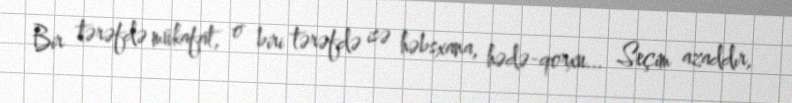
Bir tərəfdə mükafat, o biri tərəfdə isə həbsxana, hədə-qorxu... Seçim azaddır,